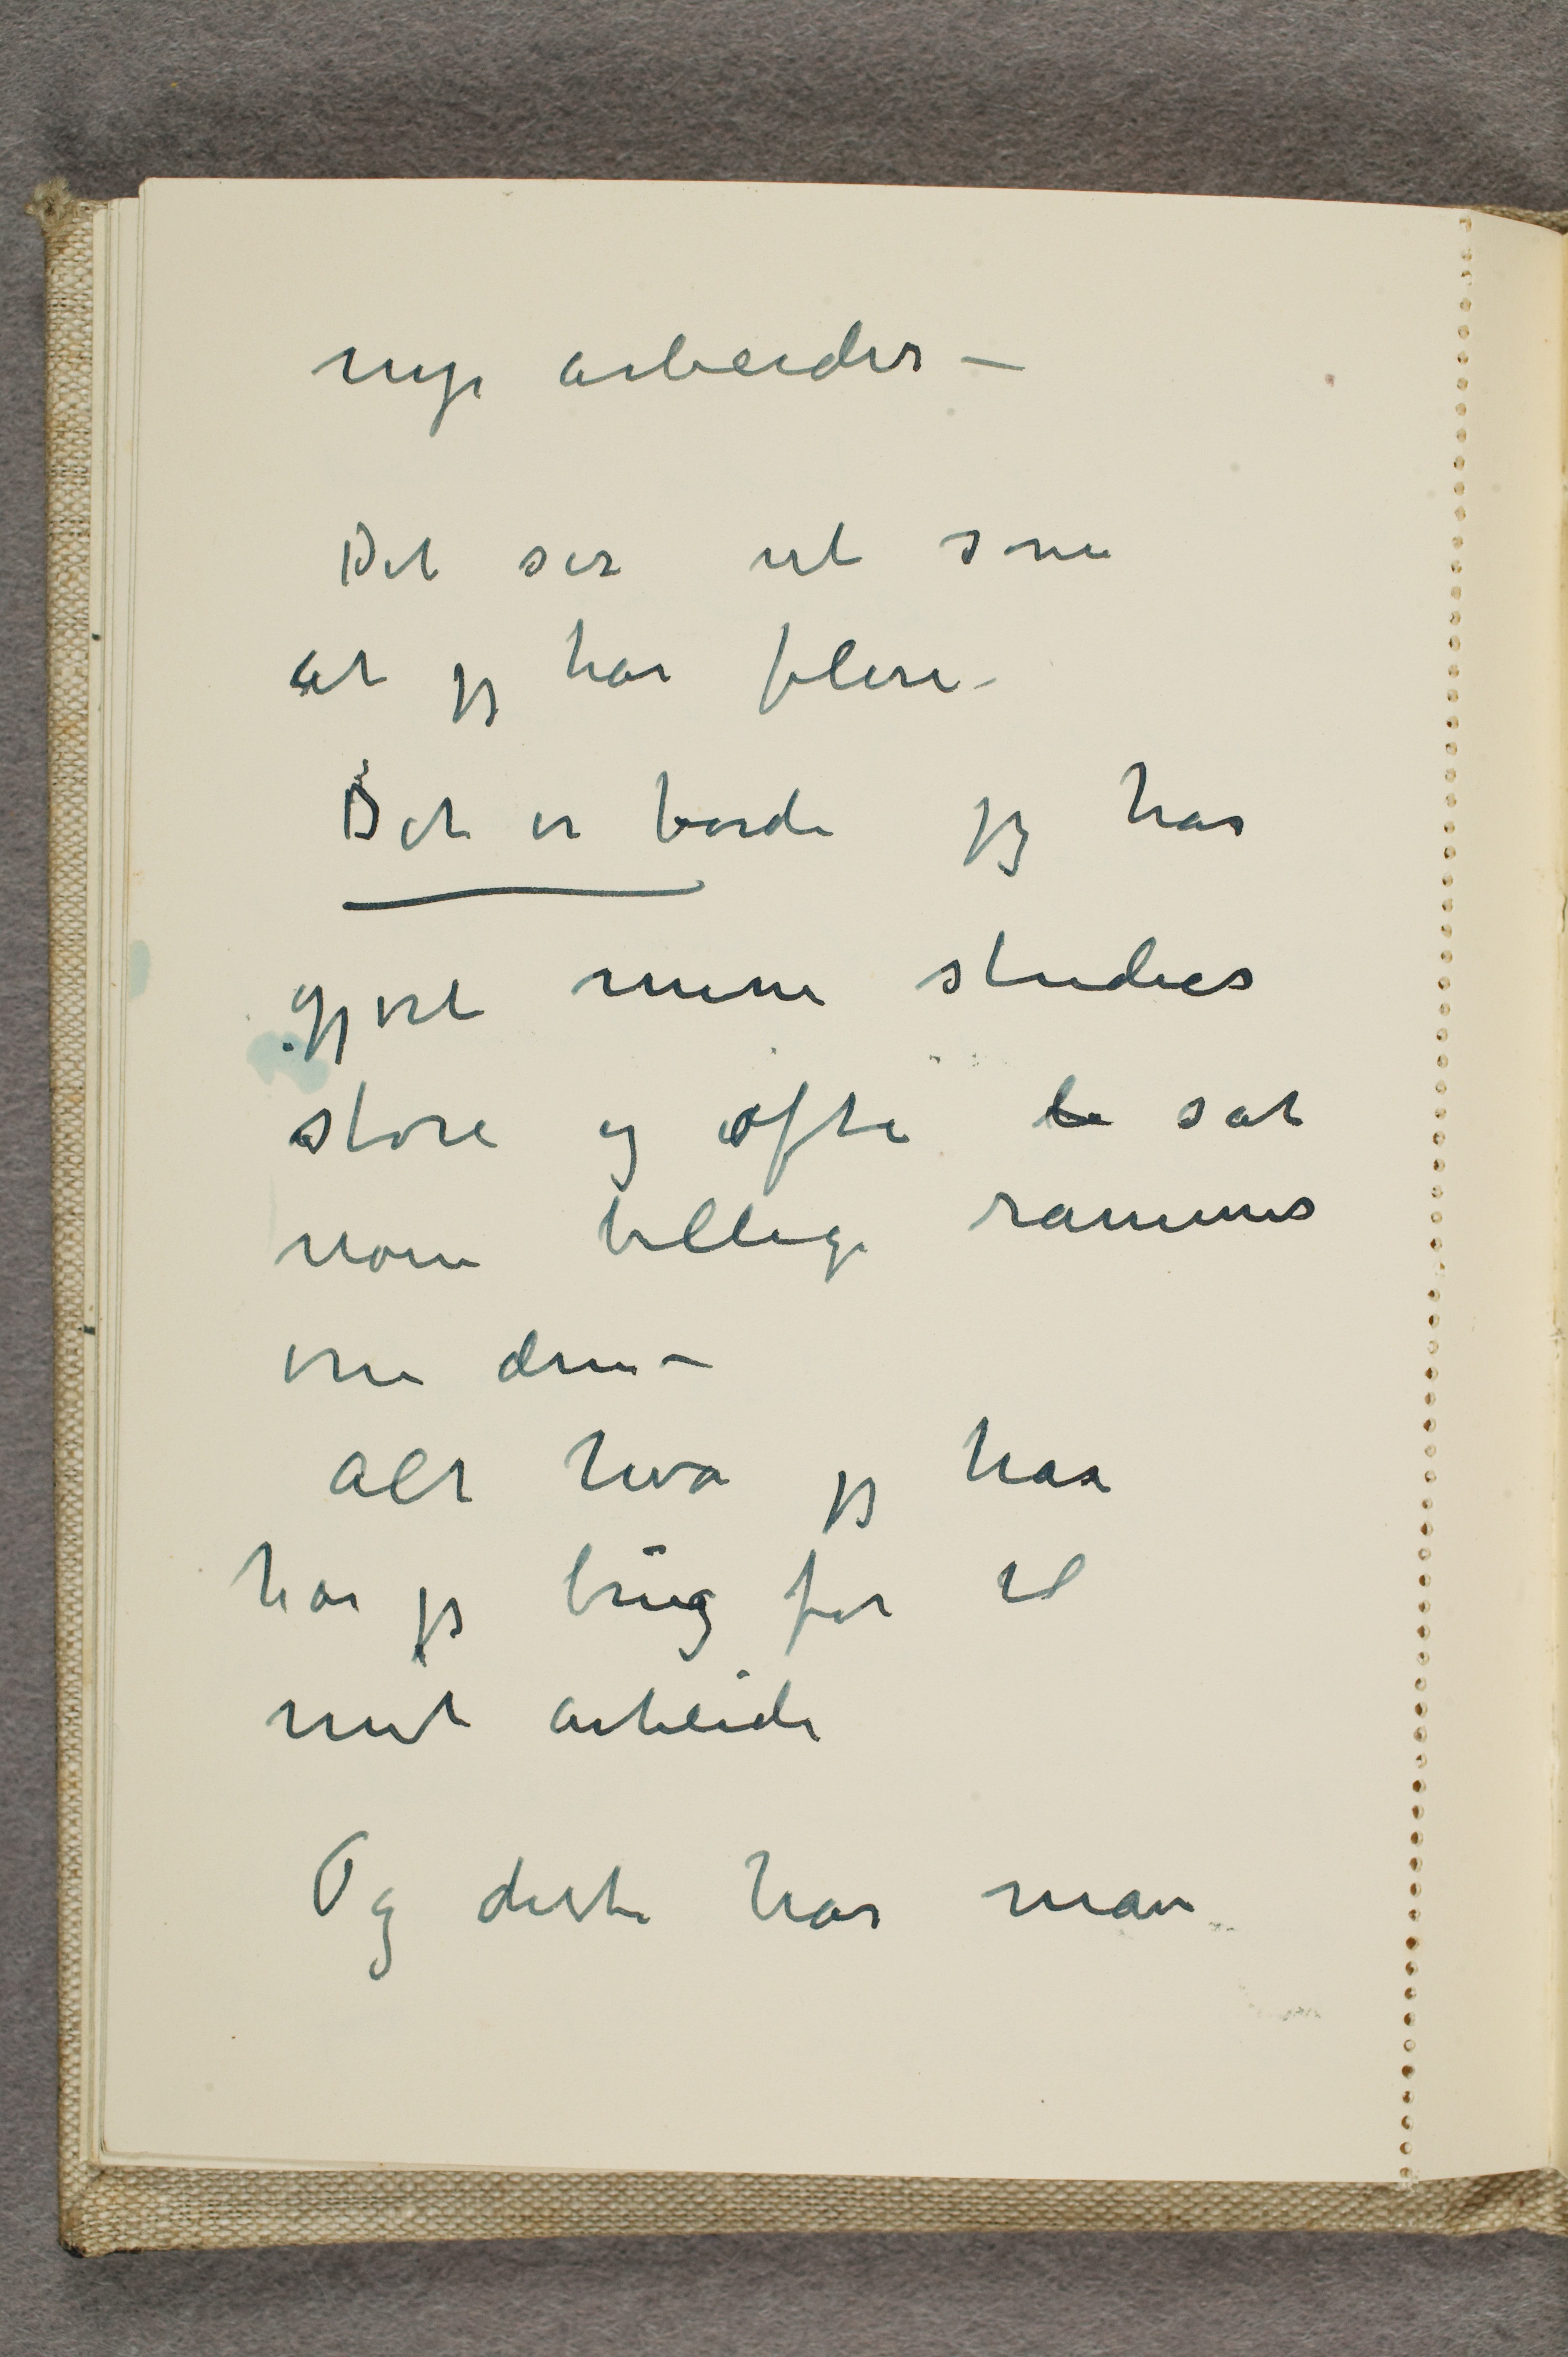
nye arbeider -
Det ser ut som
at jeg har flere -
Det er fordi jeg har
gjort mine studier
store og ofte le sat
noen billige rammer
om dem -
Alt hva jeg har
har jeg brug for til
mit arbeide
Og dette har man